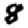
Digit: 8